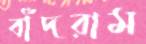
বাঁদরাম